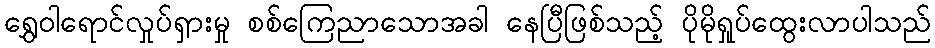
ရွှေဝါရောင်လှုပ်ရှားမှု စစ်ကြေညာသောအခါ နေပြီဖြစ်သည့် ပိုမိုရှုပ်ထွေးလာပါသည်